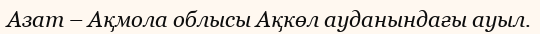
Азат – Ақмола облысы Ақкөл ауданындағы ауыл.